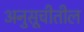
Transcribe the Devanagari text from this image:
अनुसूचीतील